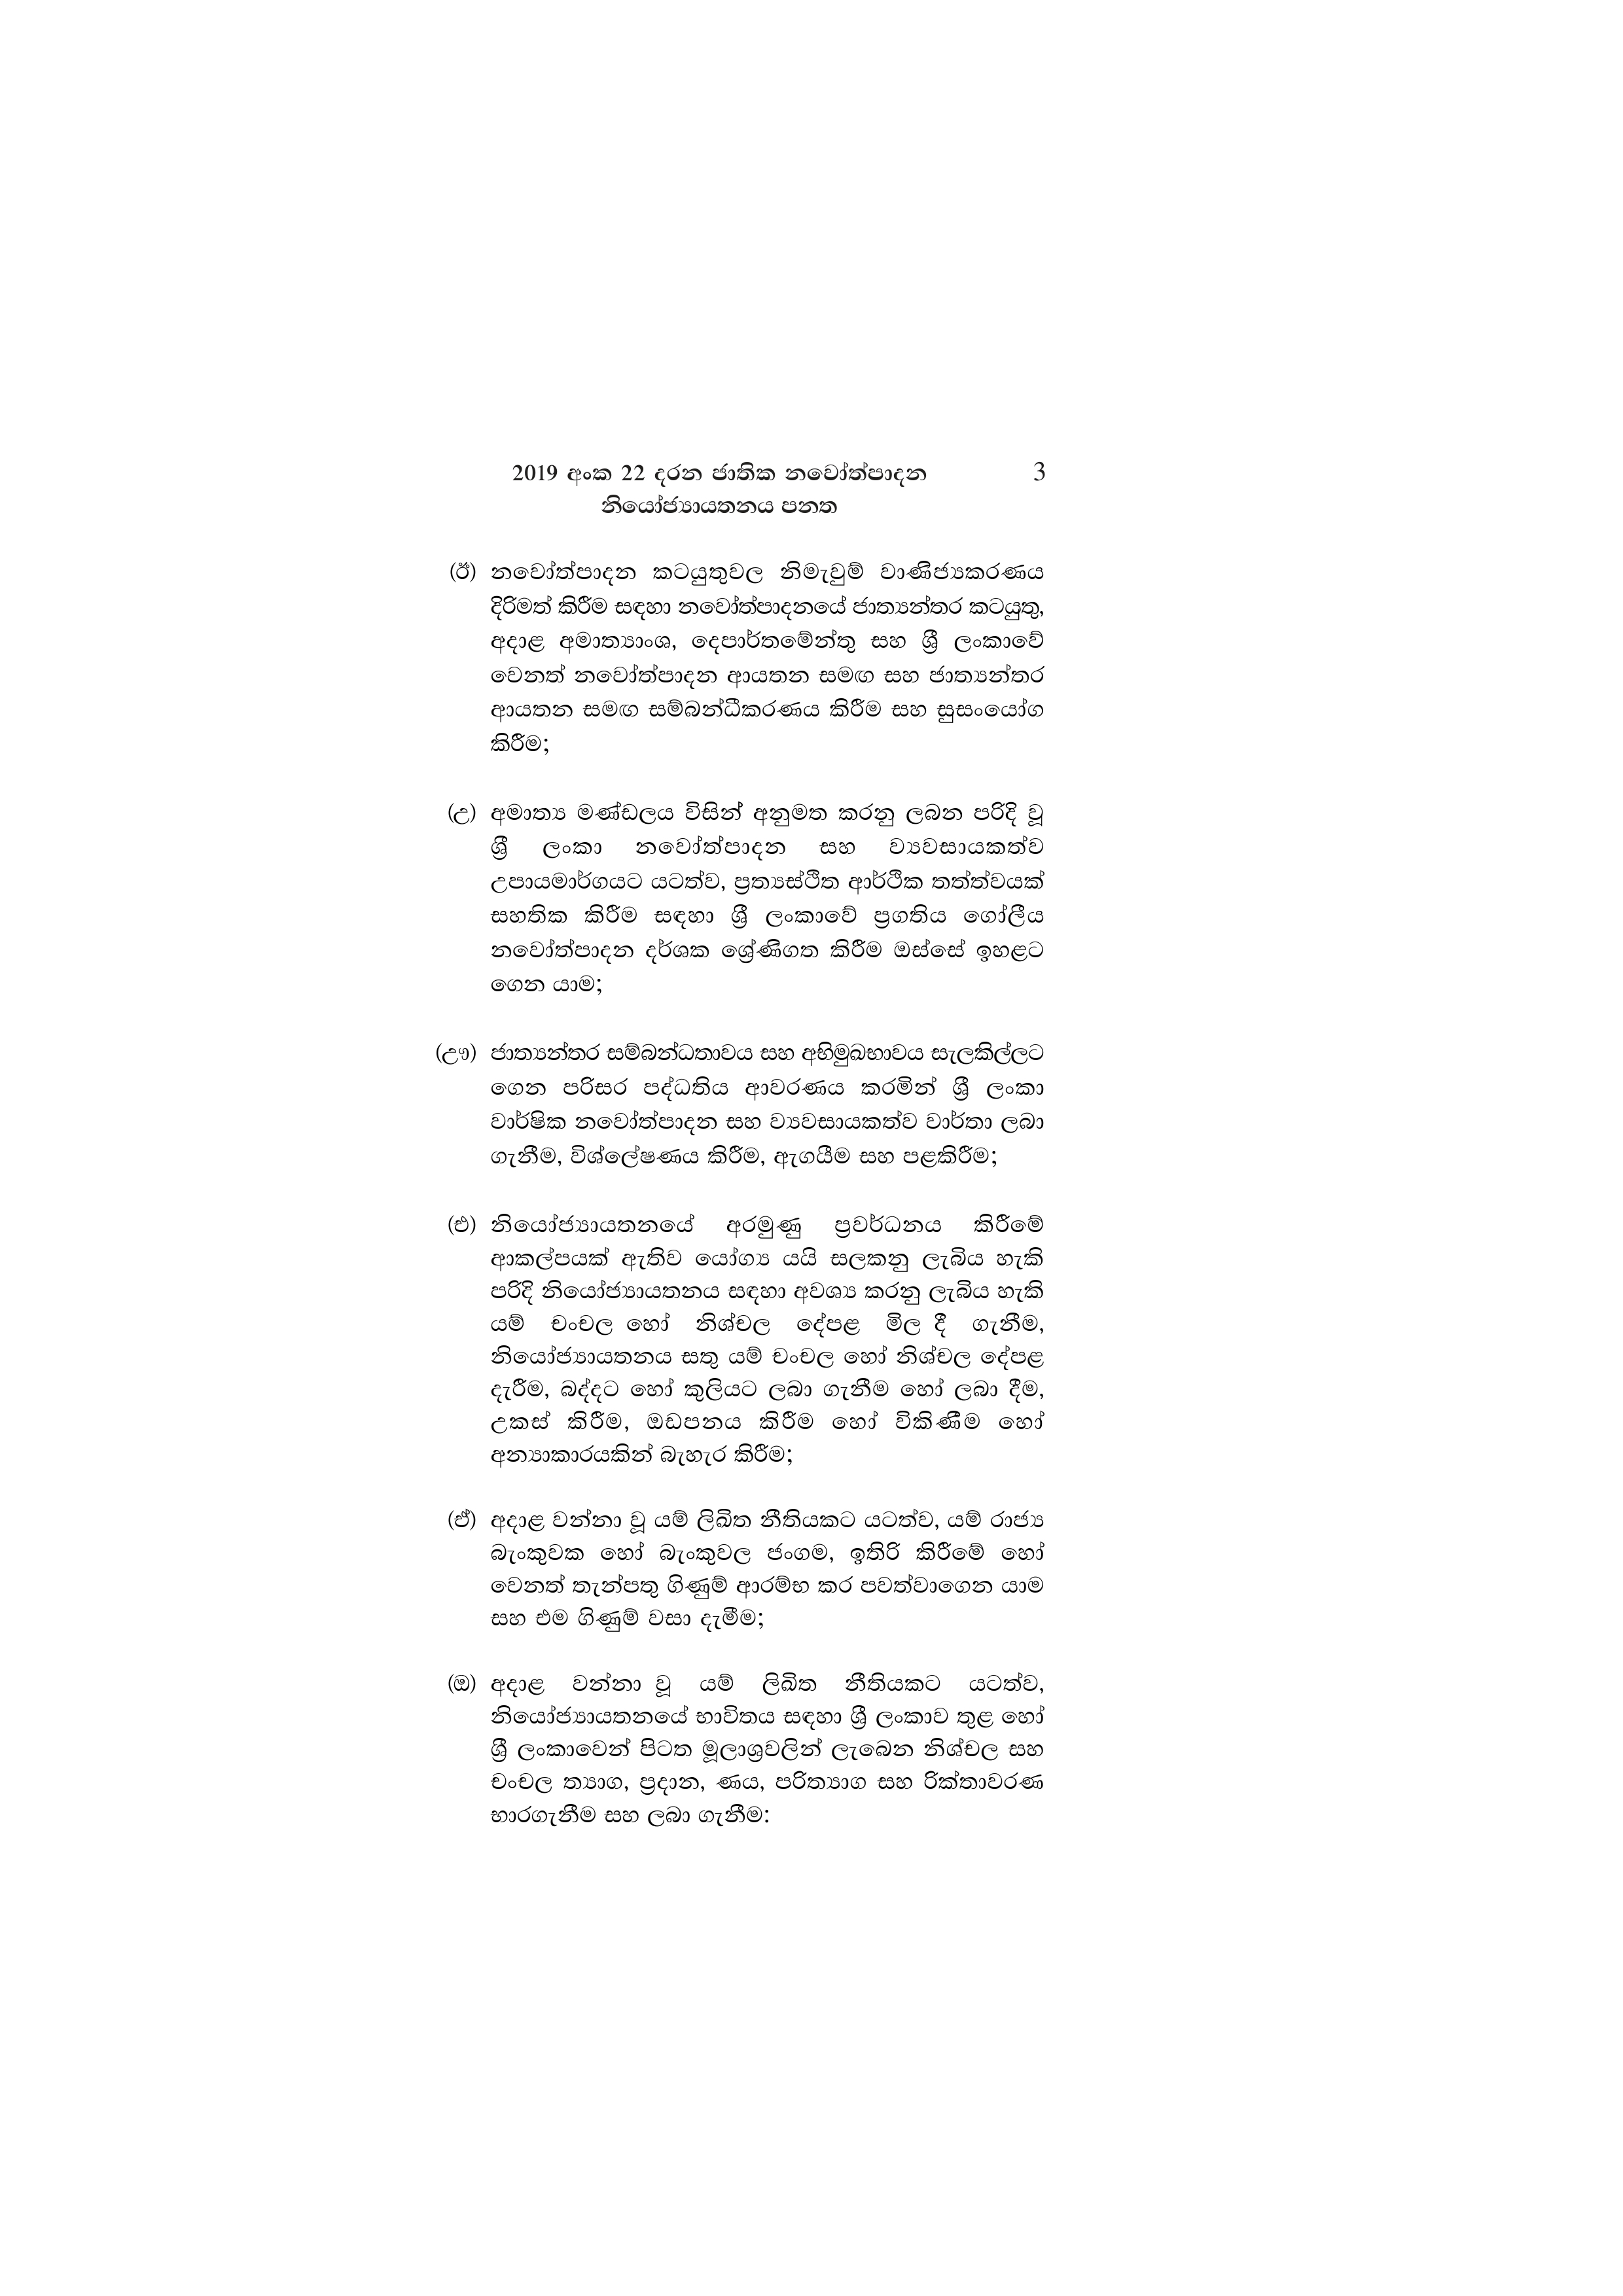
2019 අංක 22 දරන ජාතික නවෝත්පාදන 3
නියෝජ්‍යායතනය පනත

(ඊ) නවෝත්පාදන කටයුතුවල නිමැවුම් වාණිජ්‍යකරණය
දිරිමත් කිරීම සඳහා නවෝත්පාදනයේ ජාත්‍යන්තර කටයුතු,
අදාළ අමාත්‍යාංශ, දෙපාර්තමේන්තු සහ ශ්‍රී ලංකාවේ
වෙනත් නවෝත්පාදන ආයතන සමඟ සහ ජාත්‍යන්තර
ආයතන සමඟ සම්බන්ධීකරණය කිරීම සහ සුසංයෝග
කිරීම;

(උ) අමාත්‍ය මණ්ඩලය විසින් අනුමත කරනු ලබන පරිදි වූ
ශ්‍රී ලංකා නවෝත්පාදන සහ ව්‍යවසායකත්ව
උපායමාර්ගයට යටත්ව, ප්‍රත්‍යස්ථිත ආර්ථික තත්ත්වයක්
සහතික කිරීම සඳහා ශ්‍රී ලංකාවේ ප්‍රගතිය ගෝලීය
නවෝත්පාදන දර්ශක ශ්‍රේණිගත කිරීම ඔස්සේ ඉහළට
ගෙන යාම;

(ඌ) ජාත්‍යන්තර සම්බන්ධතාවය සහ අභිමුඛභාවය සැලකිල්ලට
ගෙන පරිසර පද්ධතිය ආවරණය කරමින් ශ්‍රී ලංකා
වාර්ෂික නවෝත්පාදන සහ ව්‍යවසායකත්ව වාර්තා ලබා
ගැනීම, විශ්ලේෂණය කිරීම, ඇගයීම සහ පළකිරීම;

(එ) නියෝජ්‍යායතනයේ අරමුණු ප්‍රවර්ධනය කිරීමේ
ආකල්පයක් ඇතිව යෝග්‍ය යයි සලකනු ලැබිය හැකි
පරිදි නියෝජ්‍යායතනය සඳහා අවශ්‍ය කරනු ලැබිය හැකි
යම් චංචල හෝ නිශ්චල දේපළ මිල දී ගැනීම,
නියෝජ්‍යායතනය සතු යම් චංචල හෝ නිශ්චල දේපළ
දැරීම, බද්දට හෝ කුලියට ලබා ගැනීම හෝ ලබා දීම,
උකස් කිරීම, ඔඩපනය කිරීම හෝ විකිණීම හෝ
අන්‍යාකාරයකින් බැහැර කිරීම;

(ඒ) අදාළ වන්නා වූ යම් ලිඛිත නීතියකට යටත්ව, යම් රාජ්‍ය
බැංකුවක හෝ බැංකුවල ජංගම, ඉතිරි කිරීමේ හෝ
වෙනත් තැන්පතු ගිණුම් ආරම්භ කර පවත්වාගෙන යාම
සහ එම ගිණුම් වසා දැමීම;

(ඔ) අදාළ වන්නා වූ යම් ලිඛිත නීතියකට යටත්ව,
නියෝජ්‍යායතනයේ භාවිතය සඳහා ශ්‍රී ලංකාව තුළ හෝ
ශ්‍රී ලංකාවෙන් පිටත මූලාශ්‍රවලින් ලැබෙන නිශ්චල සහ
චංචල ත්‍යාග, ප්‍රදාන, ණය, පරිත්‍යාග සහ රික්තාවරණ
භාරගැනීම සහ ලබා ගැනීම: